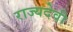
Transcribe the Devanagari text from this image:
राज्यदेवी